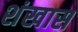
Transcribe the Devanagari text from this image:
शंखास